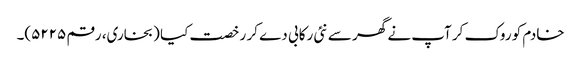
خادم کو روک کر آپ نے گھر سے نئی رکابی دے کر رخصت کیا (بخاری، رقم ۵۲۲۵)۔